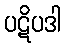
ပဋိပဒါ